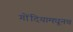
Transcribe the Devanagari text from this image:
गोंदियामधूनच